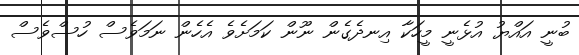
ބުނީ އައްޔު އުޅެނީ މީހަކާ އިނދެގެން ނޫން ކަމަށެވެ އެހެން ނަމަވެސް ހުސްވެސް